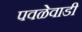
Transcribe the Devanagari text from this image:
पवळेवाडी